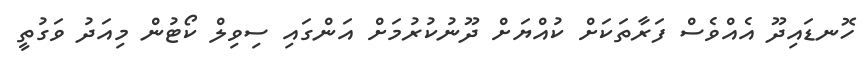
ހޮނޑައިދޫ އެއްވެސް ފަރާތަކަށް ކުއްޔަށް ދޫނުކުރުމަށް އަންގައި ސިވިލް ކޯޓުން މިއަދު ވަގުތީ